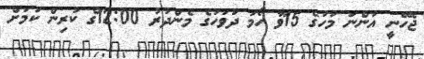
ޖެހޭނީ އަންނަ މަހުގެ 15ވާ ހޯމަ ދުވަހުގެ މެންދުރު 12:00ގެ ކުރިން ކަމަށް